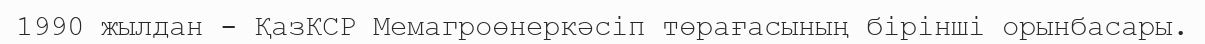
1990 жылдан - ҚазКСР Мемагроөнеркәсіп төрағасының бірінші орынбасары.